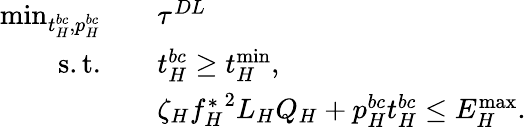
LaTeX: \begin{array}{rl}{\operatorname*{min}_{t_{H}^{bc},p_{H}^{bc}}\quad}&{\tau^{DL}}\\ {\mathrm{s.t.}\quad}&{t_{H}^{bc}\geq t_{H}^{\operatorname*{min}},}\\ &{\zeta_{H}{f_{H}^{*}}^{2}L_{H}Q_{H}+p_{H}^{bc}t_{H}^{bc}\leq{{E}}_{H}^{\operatorname*{max}}.}\end{array}